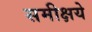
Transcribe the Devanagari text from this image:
समीक्षये